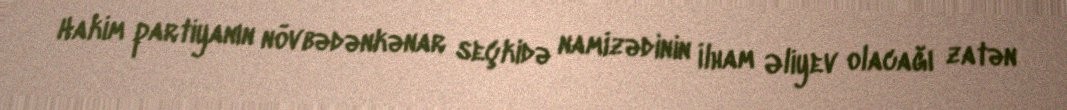
Hakim partiyanın növbədənkənar seçkidə namizədinin İlham Əliyev olacağı zatən